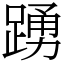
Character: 踴